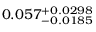
0 . 0 5 7 _ { - 0 . 0 1 8 5 } ^ { + 0 . 0 2 9 8 }